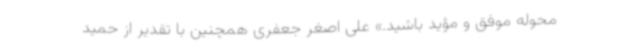
محوله موفق و مؤید باشید.» علی اصغر جعفری همچنین با تقدیر از حمید